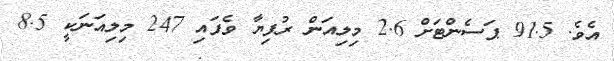
އެވެ. 91.5 ޕަސެންޓަށް 2.6 މިލިއަން ރުފިޔާ ވެފައި 247 މިލިއަނަކީ 8.5